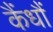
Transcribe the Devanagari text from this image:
कैंधौं